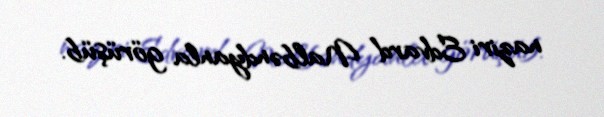
naziri Edvard Nalbəndyanla görüşüb.